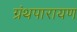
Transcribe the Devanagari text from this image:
ग्रंथपारायण